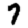
Digit: 7